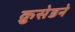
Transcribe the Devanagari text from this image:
क्रुसेडने